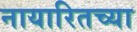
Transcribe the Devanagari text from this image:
नायारितच्या